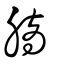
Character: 䐱